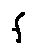
f